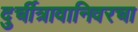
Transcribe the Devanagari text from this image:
दुर्चीत्रावानिवरचा